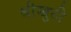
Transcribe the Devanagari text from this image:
श्रीखुटी